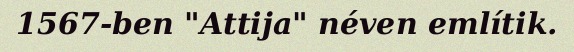
1567-ben "Attija" néven említik.